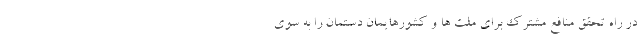
در راه تحقق منافع مشترک برای ملت ها و کشورهایمان دستمان را به سوی